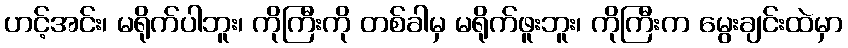
ဟင့်အင်း၊ မရိုက်ပါဘူး၊ ကိုကြီးကို တစ်ခါမှ မရိုက်ဖူးဘူး၊ ကိုကြီးက မွေးချင်းထဲမှာ